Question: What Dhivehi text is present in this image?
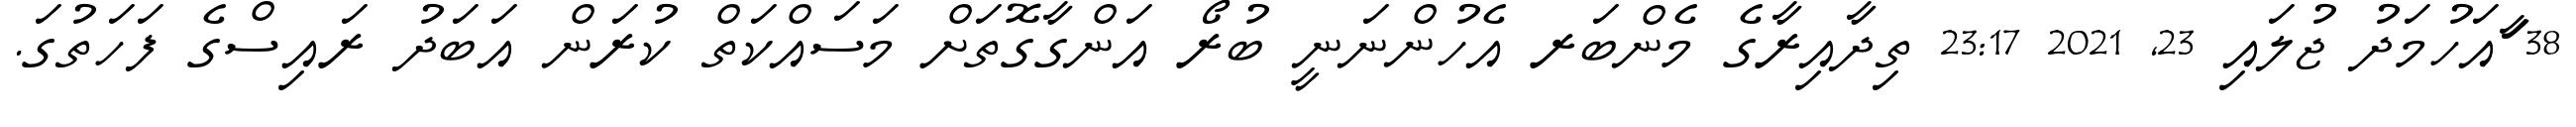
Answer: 38 ާައަހުމަދު ޖުލައި 23, 2021 23:17 ތިދާއިރާގެ މެންބަރ އެހުންނަނީ ބުރޯ އަންގާގޮތަށް މަސައްކަތް ކުރަން އަބަދު ރައިސްގެ ފަހަތުގަ.